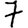
Digit: 7